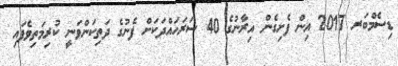
ޑިސެމްބަރ 2017 އިން ފެށިގެން އިރާނުގެ 40 ސަރަހައްދަކަށް ފެނުގެ ދަތިކަންވަނީ ކުރިމަތިވެފައި